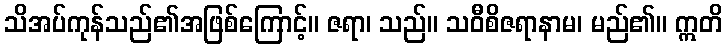
သိအပ်ကုန်သည်၏အဖြစ်ကြောင့်။ ဇရာ၊ သည်။ သဝီစိဇရာနာမ၊ မည်၏။ ဣတိ